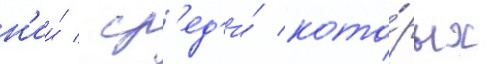
н'ии́ / ср'ед'и́ кото́рых